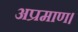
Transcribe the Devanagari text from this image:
अप्रमाण।